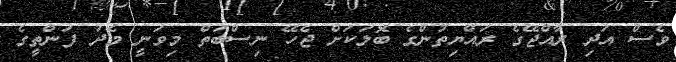
ވެސް އަދި ރާއްޖޭގެ ރައްޔިތުންގެ ބޮލަކަށް ޖެހޭ ނިސްބަތް މިވަނީ މެދު ފަންތީގެ